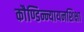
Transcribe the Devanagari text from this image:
काैण्डिन्न्यायनशिक्षा